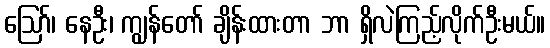
ဪ၊ နေဦး၊ ကျွန်တော် ချိန်းထားတာ ဘာ ရှိလဲကြည့်လိုက်ဦးမယ်။